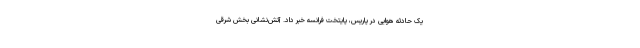
یک حادثه هوایی در پاریس، پایتخت فرانسه خبر داد. آتش‌نشانی بخش شرقی